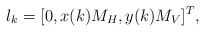
\begin{align*} l_{k} = [0, x(k)M_H, y(k)M_V]^T,\end{align*}